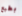
بطبع